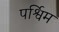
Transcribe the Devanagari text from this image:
पर्श्विम